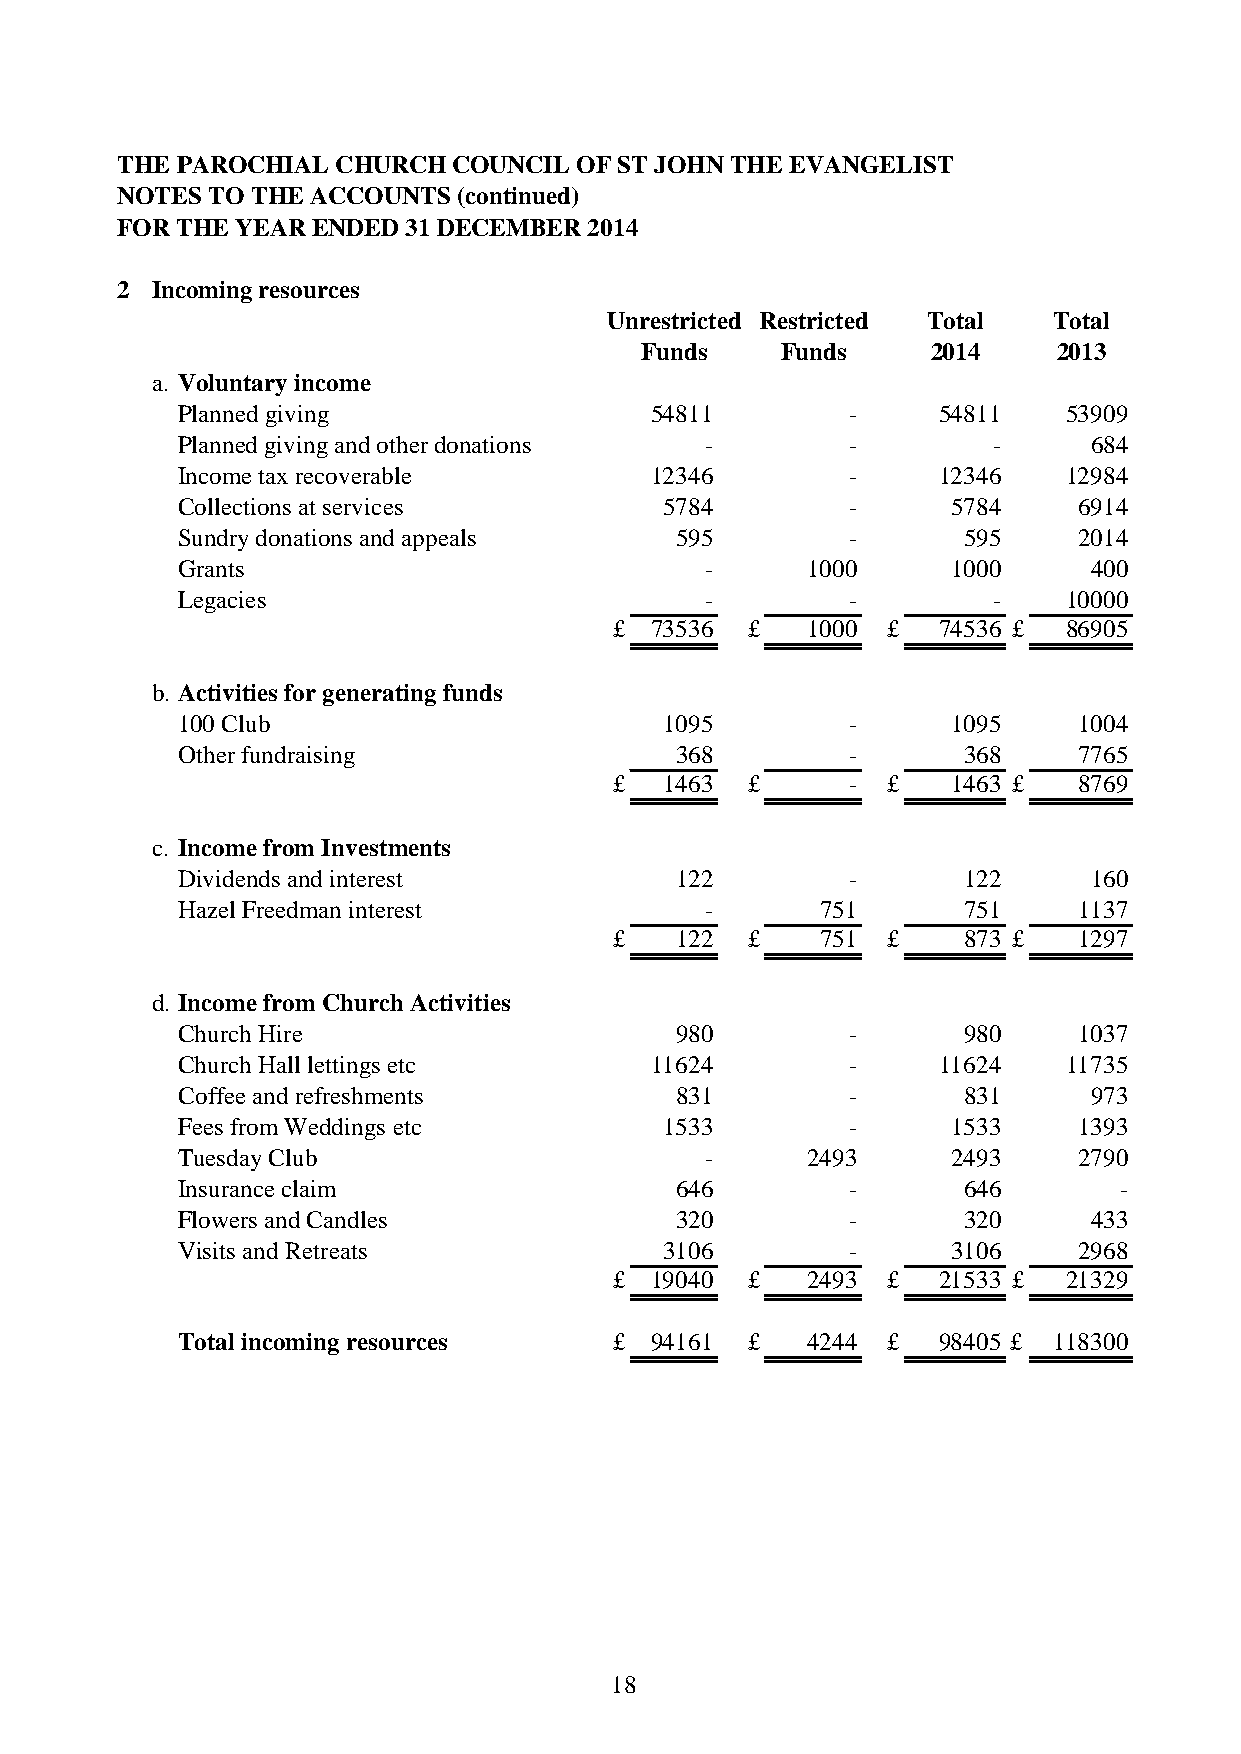
THE PAROCHIAL CHURCH  COUNCIL OF ST JOHN THE EVANGELIST
 NOTES TO THE ACCOUNTS (continued)
 FOR THE YEAR ENDED 31 DECEMBER 2014
 2 Incoming resources
 Unrestricted Restricted Total Total
 Funds     Funds     2014    2013
 a. Voluntary income
 Planned giving                 54811        -     54811   53909
 Planned giving and other donations -        -         -     684
 Income tax recoverable         12346        -     12346   12984
 Collections at services         5784        -      5784    6914
 Sundry donations and appeals     595        -       595    2014
 Grants                             -     1000      1000     400
 Legacies                           -        -         -   10000
 £ 73536 £   1000  £  74536 £ 86905
 b. Activities for generating funds
 100 Club                        1095        -      1095    1004
 Other fundraising                368        -       368    7765
 £  1463 £      -  £   1463 £  8769
 c. Income from Investments
 Dividends and interest           122        -       122     160
 Hazel Freedman interest            -      751       751    1137
 £   122 £    751  £    873 £  1297
 d. Income from Church Activities
 Church Hire                      980        -       980    1037
 Church Hall lettings etc       11624        -     11624   11735
 Coffee and refreshments          831        -       831     973
 Fees from Weddings etc          1533        -      1533    1393
 Tuesday Club                       -     2493      2493    2790
 Insurance claim                  646        -       646       -
 Flowers and Candles              320        -       320     433
 Visits and Retreats             3106        -      3106    2968
 £ 19040 £   2493  £  21533 £ 21329
 Total incoming resources     £ 94161 £   4244  £  98405 £ 118300
 18